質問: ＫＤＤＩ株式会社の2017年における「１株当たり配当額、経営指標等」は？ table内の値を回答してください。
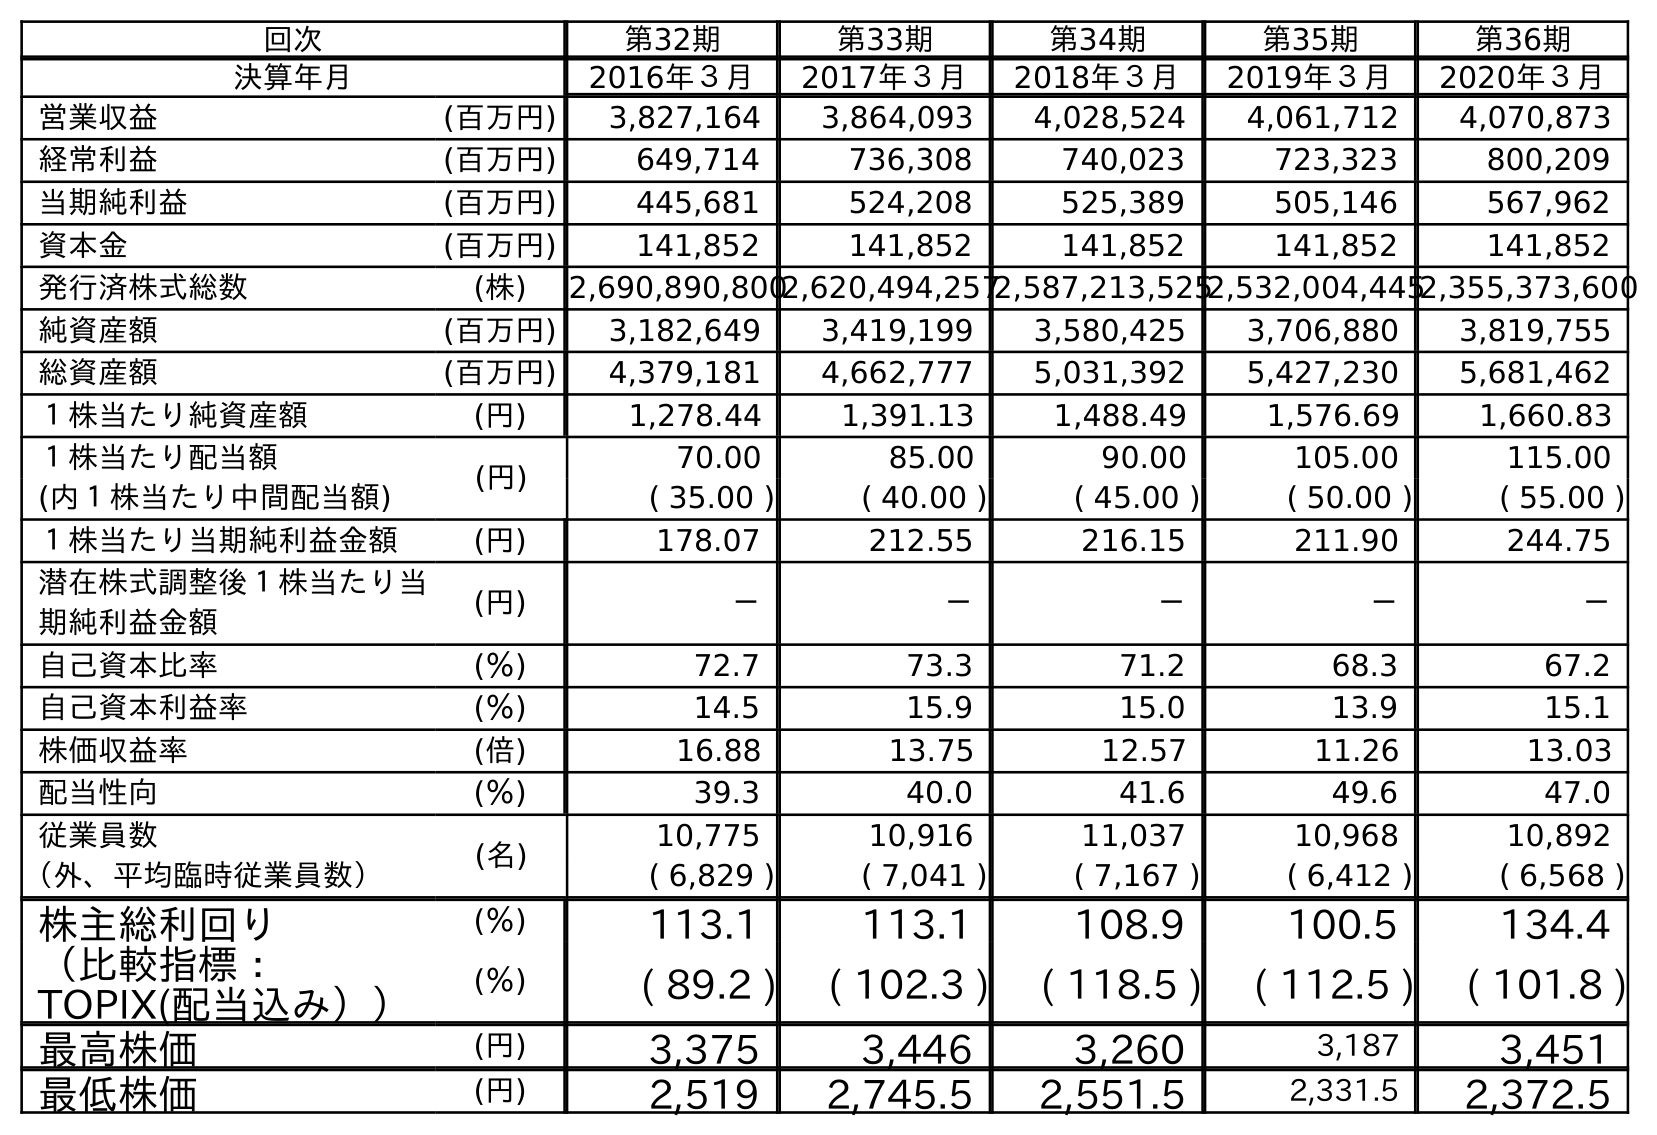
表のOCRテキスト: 回次 第32期 第33期 第34期 第35期 第36期 決算年月 2016年３月 2017年３月 2018年３月 2019年３月 2020年３月 営業収益 (百万円) 3,827,164 3,864,093 4,028,524 4,061,712 4,070,873 経常利益 (百万円) 649,714 736,308 740,023 723,323 800,209 当期純利益 (百万円) 445,681 524,208 525,389 505,146 567,962 資本金 (百万円) 141,852 141,852 141,852 141,852 141,852 発行済株式総数 (株) 2,690,890,8002,620,494,2572,587,213,5252,532,004,4452,355,373,600 純資産額 (百万円) 3,182,649 3,419,199 3,580,425 3,706,880 3,819,755 総資産額 (百万円) 4,379,181 4,662,777 5,031,392 5,427,230 5,681,462 １株当たり純資産額 (円) 1,278.44 1,391.13 1,488.49 1,576.69 1,660.83 １株当たり配当額 (円) 70.00 85.00 90.00 105.00 115.00 (内１株当たり中間配当額) ( 35.00 ) ( 40.00 ) ( 45.00 ) ( 50.00 ) ( 55.00 ) １株当たり当期純利益金額 (円) 178.07 212.55 216.15 211.90 244.75 潜在株式調整後１株当たり当 期純利益金額 (円) － － － － － 自己資本比率 (％) 72.7 73.3 71.2 68.3 67.2 自己資本利益率 (％) 14.5 15.9 15.0 13.9 15.1 株価収益率 (倍) 16.88 13.75 12.57 11.26 13.03 配当性向 (％) 39.3 40.0 41.6 49.6 47.0 従業員数 (名) 10,775 10,916 11,037 10,968 10,892 （外、平均臨時従業員数） ( 6,829 ) ( 7,041 ) ( 7,167 ) ( 6,412 ) ( 6,568 ) 株主総利回り (％) 113.1 113.1 108.9 100.5 134.4 （比較指標： TOPIX(配当込み）） (％) ( 89.2 ) ( 102.3 ) ( 118.5 ) ( 112.5 ) ( 101.8 ) 最高株価 (円) 3,375 3,446 3,260 3,187 3,451 最低株価 (円) 2,519 2,745.5 2,551.5 2,331.5 2,372.5
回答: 85.00